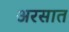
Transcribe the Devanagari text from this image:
अरसात